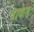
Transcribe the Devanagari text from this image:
वाकेड